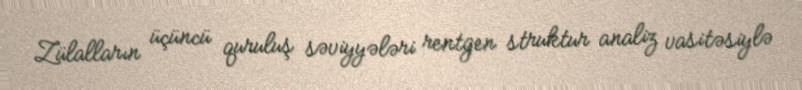
Zülalların üçüncü quruluş səviyyələri rentgen struktur analiz vasitəsiylə